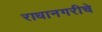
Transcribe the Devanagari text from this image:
राधानगरीचे